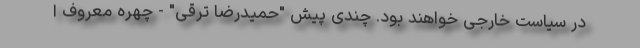
در سیاست خارجی خواهند بود. چندی پیش "حمیدرضا ترقی" - چهره معروف ا